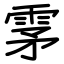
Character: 雺